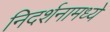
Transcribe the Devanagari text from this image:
निदर्शनामध्ये